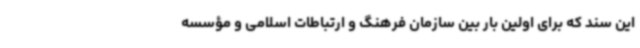
این سند که برای اولین بار بین سازمان فرهنگ و ارتباطات اسلامی و مؤسسه